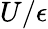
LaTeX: U/\epsilon